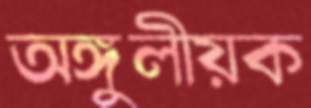
অঙ্গুলীয়ক